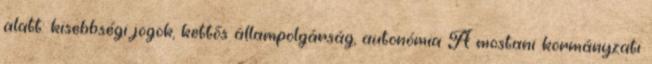
alatt: kisebbségi jogok, kettős állampolgárság, autonómia A mostani kormányzati